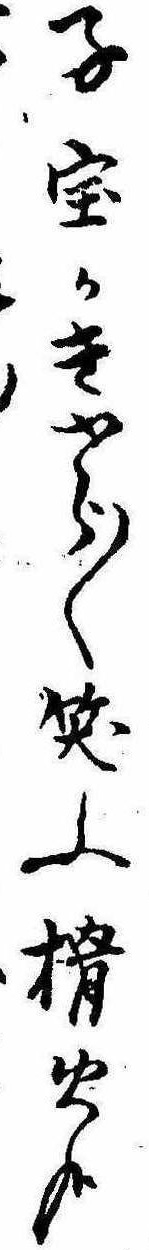
子宝かきやら〱笑ふ榾火哉